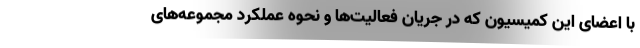
با اعضای این کمیسیون که در جریان فعالیت‌ها و نحوه عملکرد مجموعه‌های